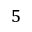
5